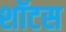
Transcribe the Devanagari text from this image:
शॉटस